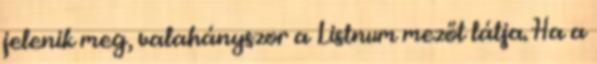
jelenik meg, valahányszor a Listnum mezőt látja. Ha a